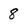
Character: 8